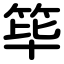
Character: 筚